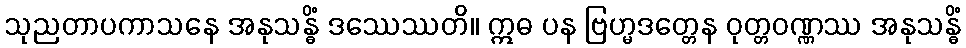
သုညတာပကာသနေ အနုသန္ဓိံ ဒဿေဿတိ။ ဣဓ ပန ဗြဟ္မဒတ္တေန ဝုတ္တဝဏ္ဏဿ အနုသန္ဓိံ